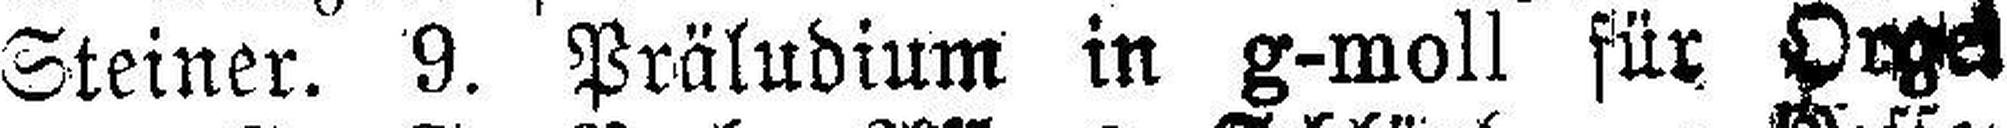
Steiner. 9. Präludium in g-moll für Orgel